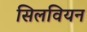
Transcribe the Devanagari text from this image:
सिलवियन